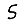
Digit: 5